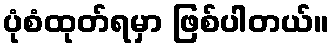
ပုံစံထုတ်ရမှာ ဖြစ်ပါတယ်။